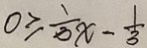
0 \geq \frac { 1 } { 3 } x - \frac { 1 } { 3 }